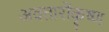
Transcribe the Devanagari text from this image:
अवतारोंकृष्ण